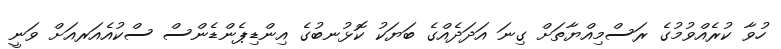
ހުވާ ކުރެއްވުމުގެ ރަސްމިއްޔާތަށް ގިނަ އަދަދެއްގެ ބަޔަކު ކޮޅުނބުގެ އިންޑިޕެންޑެންސް ސްކުއެއަރއަށް ވަނީ